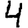
Digit: 4